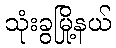
သုံးခွမြို့နယ်